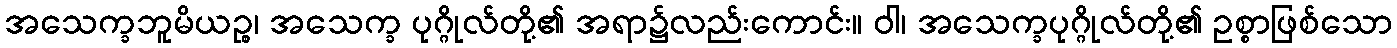
အသေက္ခဘူမိယဉ္စ၊ အသေက္ခ ပုဂ္ဂိုလ်တို့၏ အရာ၌လည်းကောင်း။ ဝါ၊ အသေက္ခပုဂ္ဂိုလ်တို့၏ ဥစ္စာဖြစ်သော